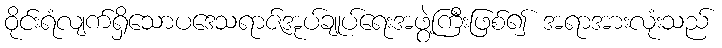
ဝိုင်းရံလျက်ရှိသောပဒေသရာဇ်အုပ်ချုပ်ရေးအဖွဲ့ကြီးဖြစ်၍ အရာအားလုံးသည်